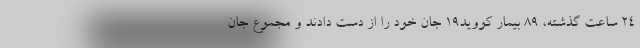
۲۴ ساعت گذشته، ۸۹ بیمار کووید۱۹ جان خود را از دست دادند و مجموع جان